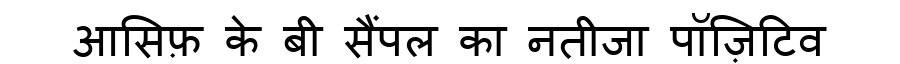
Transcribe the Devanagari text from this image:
आसिफ़ के बी सैंपल का नतीजा पॉज़िटिव